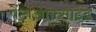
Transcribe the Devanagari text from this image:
पेंटाआक्साइड